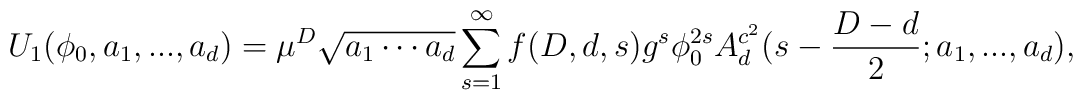
U_{1}(\phi _{0},a_{1},...,a_{d})=\mu ^{D}\sqrt{a_{1}\cdots a_{d}}\sum_{s=1}^{\infty }f(D,d,s)g^{s}\phi _{0}^{2s}A_{d}^{c^{2}}(s-\frac{D-d}{2};a_{1},...,a_{d}),